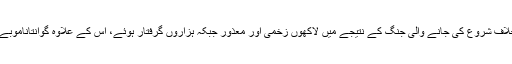
2001 کے بعد سے اب تک دہشت گردی کے خلاف شروع کی جانے والی جنگ کے نتیجے میں لاکھوں زخمی اور معذور جبکہ ہزاروں گرفتار ہوئے، اس کے علاوہ گوانتاناموبے جیسے بدنام زمانہ عقوبت خانے وجود میں آئے۔